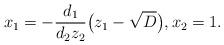
LaTeX: \begin{align*}x_1=-\frac{d_1}{d_2z_2}\big(z_1-\sqrt D\big),x_2=1.\end{align*}